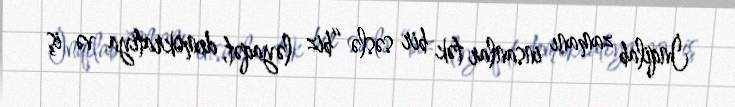
İnqilab zamanı insanlar tək bir səslə “biz ləyaqət, demokratiya və iş